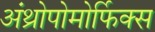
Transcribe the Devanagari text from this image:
अंथ्रोपोमोर्फिक्स